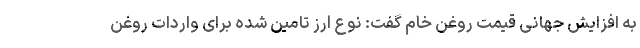
به افزایش جهانی قیمت روغن خام گفت: نوع ارز تامین شده برای واردات روغن